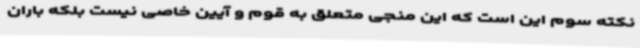
نکته سوم این است که این منجی متعلق به قوم و آیین خاصی نیست بلکه باران